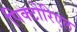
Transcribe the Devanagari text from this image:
पिक्टोरिएल